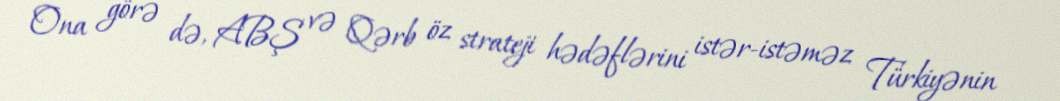
Ona görə də, ABŞ və Qərb öz strateji hədəflərini istər-istəməz Türkiyənin